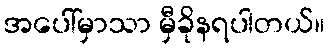
အပေါ်မှာသာ မှီခိုနရပါတယ်။